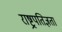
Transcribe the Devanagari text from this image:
राष्ट्रपतिज्ञता